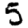
Digit: 5